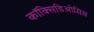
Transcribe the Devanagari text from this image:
कॉक्सिडिओसिस